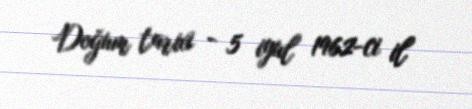
Doğum tarixi - 5 iyul 1962-ci il